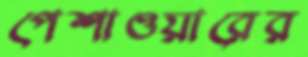
পেশাওয়ারের